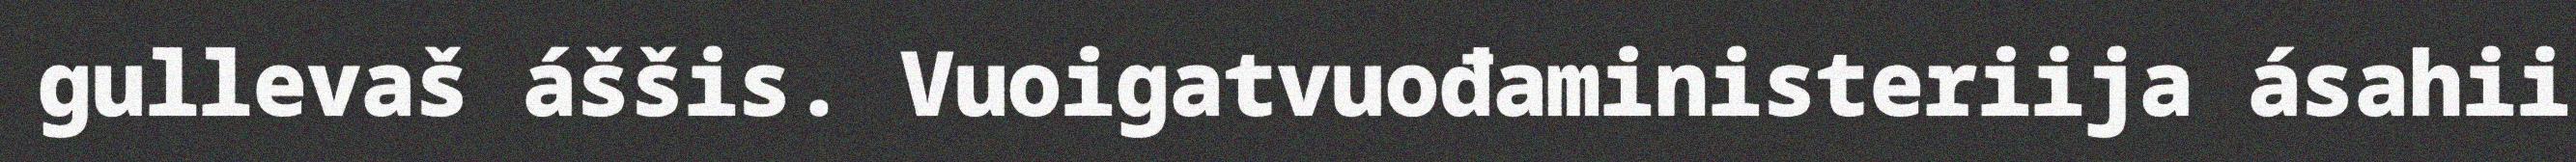
gullevaš áššis. Vuoigatvuođaministeriija ásahii